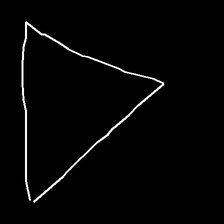
Glyph: convergence